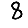
Digit: 8